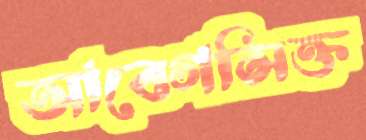
আবেগসিক্ত